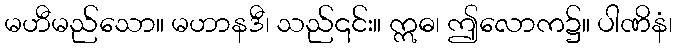
မဟီမည်သော။ မဟာနဒီ၊ သည်၎င်း။ ဣဓ၊ ဤလောက၌။ ပါဏိနံ၊